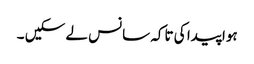
ہوا پیدا کی تاکہ سانس لے سکیں ۔